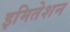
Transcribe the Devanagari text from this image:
इमितेशन